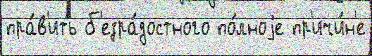
пра́в'ить б'езра́достного по́лноjе пр'ичи́н'е